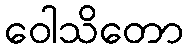
ဝေါသိတော